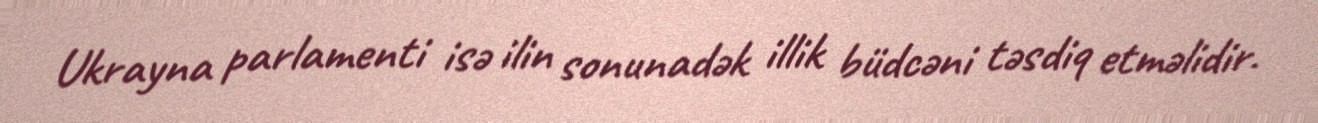
Ukrayna parlamenti isə ilin sonunadək illik büdcəni təsdiq etməlidir.